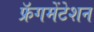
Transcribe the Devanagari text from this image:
फ्रॅगमेंटेशन